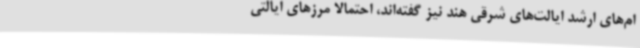
ام‌های ارشد ایالت‌های شرقی هند نیز گفته‌اند، احتمالا مرزهای ایالتی